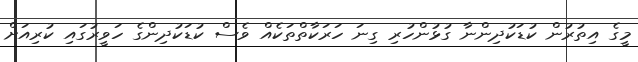
މީގެ އިތުރުން ކުޑަކުދިންނާ ގުޅުންހުރި ގިނަ ހަރަކާތްތަކެއް ވެސް ކުޑަކުދިންގެ ހަވީރުގައި ކުރިއަށް